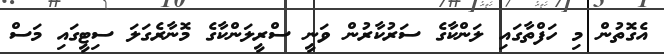
އެގޮތުން މި ހަފްތާގައި ލަންކާގެ ސަރުކާރުން ވަނީ ސްރީލަންކާގެ މޮނާރެގަލަ ސިޓީގައި މަސް